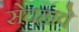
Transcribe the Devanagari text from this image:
सेचहावे